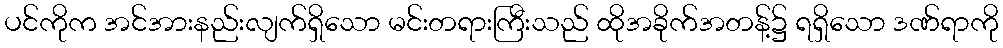
ပင်ကိုက အင်အားနည်းလျက်ရှိသော မင်းတရားကြီးသည် ထိုအခိုက်အတန့်၌ ရရှိသော ဒဏ်ရာကို